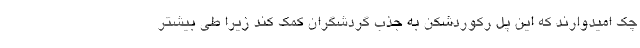
چک امیدوارند که این پل رکوردشکن به جذب گردشگران کمک کند زیرا طی بیشتر